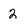
Character: 2